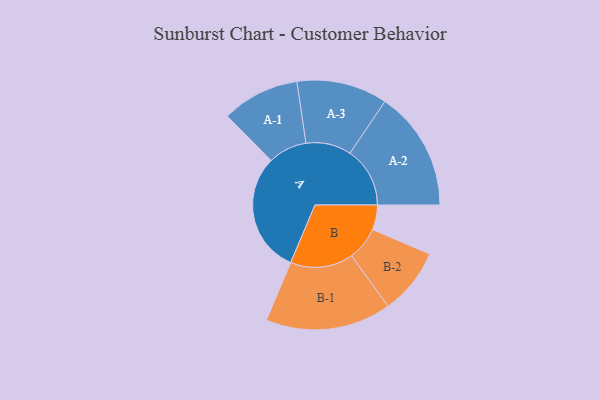
{"axis": {"x": "Segment", "y": "Value"}, "legend": ["", "A", "B"], "data": [{"x": "A", "y": 496, "type": ""}, {"x": "B", "y": 102, "type": ""}, {"x": "A-1", "y": 160, "type": "A"}, {"x": "A-2", "y": 247, "type": "A"}, {"x": "A-3", "y": 187, "type": "A"}, {"x": "B-1", "y": 259, "type": "B"}, {"x": "B-2", "y": 137, "type": "B"}]}